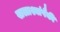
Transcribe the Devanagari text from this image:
खलाश्यांपैकी